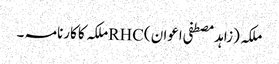
ملکہ (زاہد مصطفی اعوان )RHCملکہ کا کارنامہ ۔